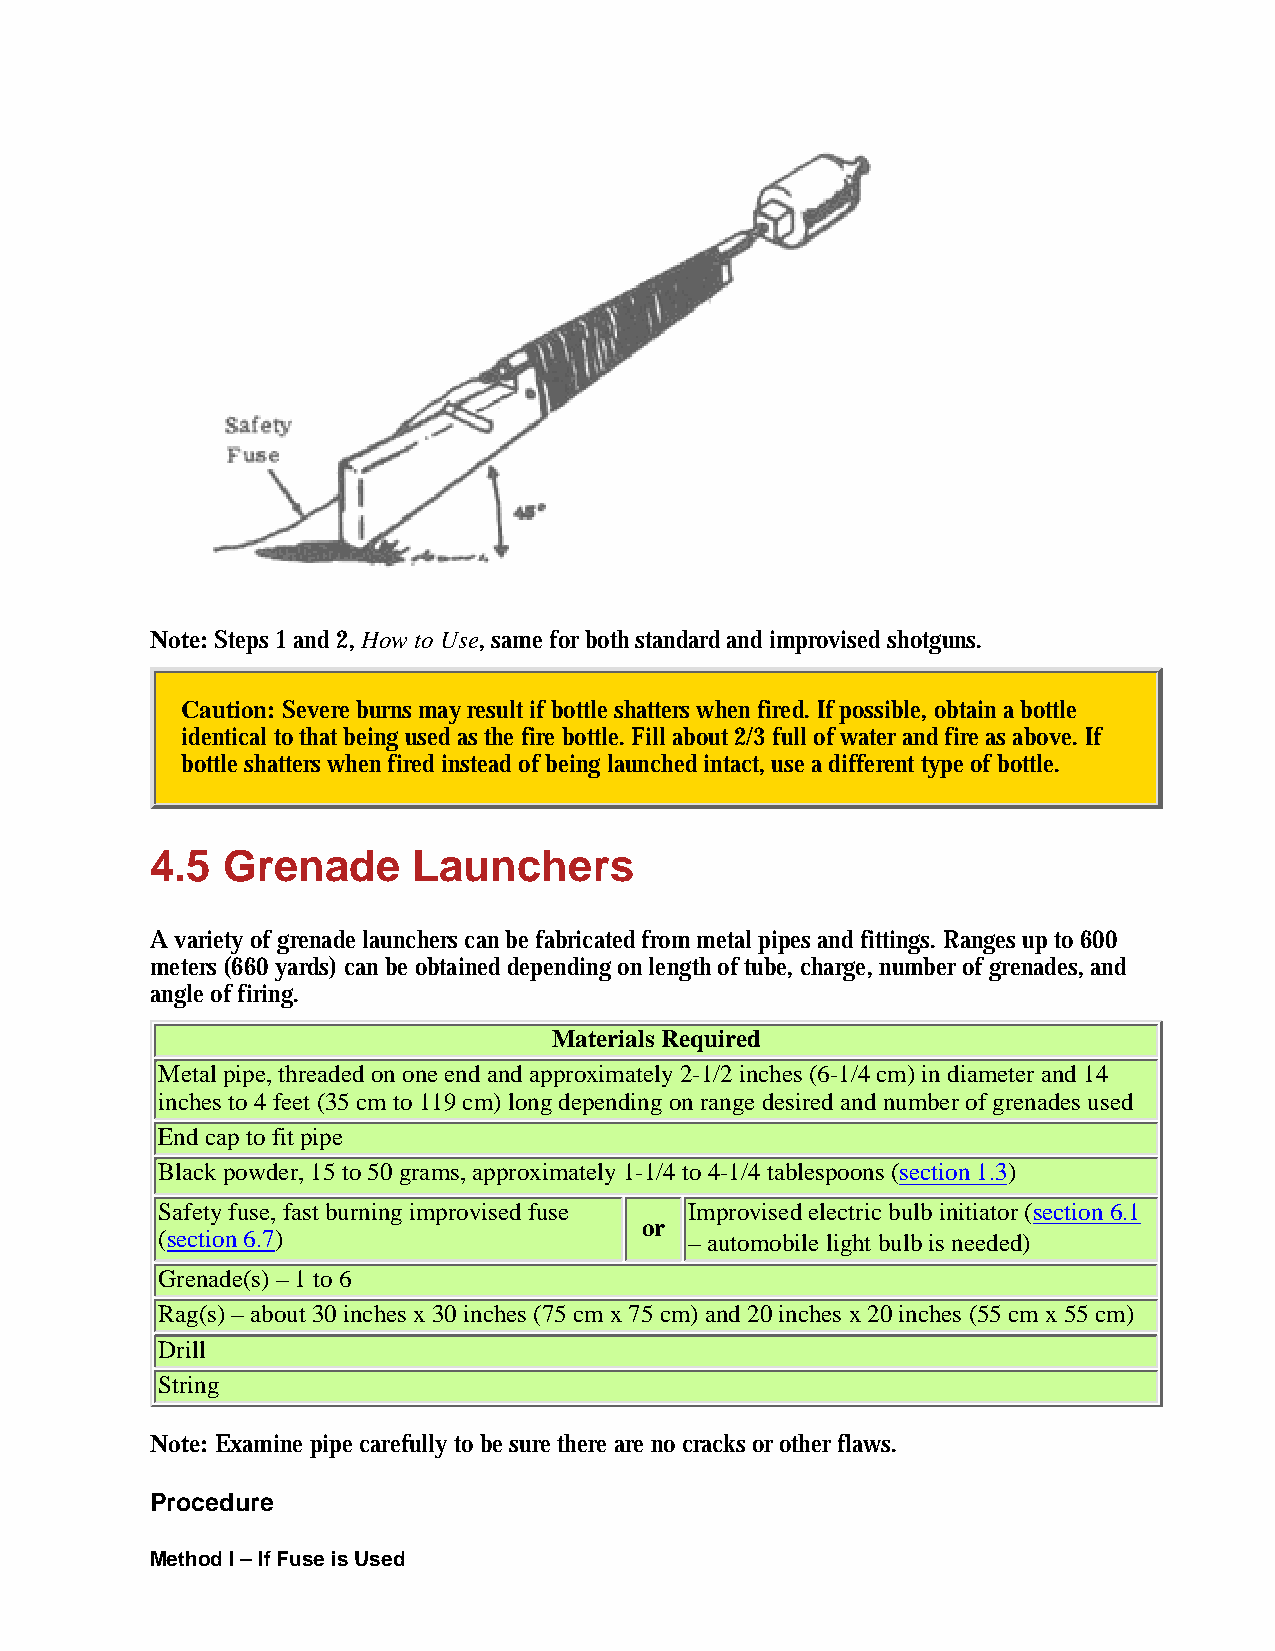
Note: Steps 1 and 2, How to Use, same for both standard and improvised shotguns.
 Caution: Severe burns may result if bottle shatters when fired. If possible, obtain a bottle
 identical to that being used as the fire bottle. Fill about 2/3 full of water and fire as above. If
 bottle shatters when fired instead of being launched intact, use a different type of bottle.
 4.5  Grenade     Launchers
 A variety of grenade launchers can be fabricated from metal pipes and fittings. Ranges up to 600
 meters (660 yards) can be obtained depending on length of tube, charge, number of grenades, and
 angle of firing.
 Materials Required
 Metal pipe, threaded on one end and approximately 2-1/2 inches (6-1/4 cm) in diameter and 14
 inches to 4 feet (35 cm to 119 cm) long depending on range desired and number of grenades used
 End cap to fit pipe
 Black powder, 15 to 50 grams, approximately 1-1/4 to 4-1/4 tablespoons (section 1.3)
 Safety fuse, fast burning improvised fuse Improvised electric bulb initiator (section 6.1
 or
 (section 6.7)                       – automobile light bulb is needed)
 Grenade(s) – 1 to 6
 Rag(s) – about 30 inches x 30 inches (75 cm x 75 cm) and 20 inches x 20 inches (55 cm x 55 cm)
 Drill
 String
 Note: Examine pipe carefully to be sure there are no cracks or other flaws.
 Procedure
 Method I – If Fuse is Used